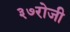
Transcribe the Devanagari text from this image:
३७रोजी